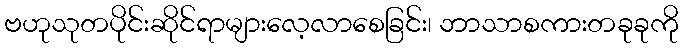
ဗဟုသုတပိုင်းဆိုင်ရာများလေ့လာစေခြင်း၊ ဘာသာစကားတခုခုကို